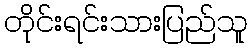
တိုင်းရင်းသားပြည်သူ